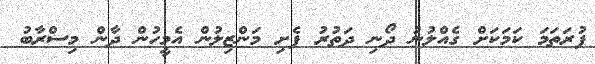
ފުރަތަމަ ކަމަކަށް ގެއްލުނު ދޯނި ދަތުރު ފެށި މަންޒިލުން އެމީހުން ދާން މިސްރާބު